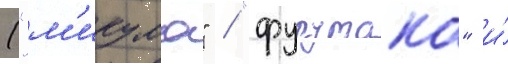
("м'икума" / "фурутака" и́